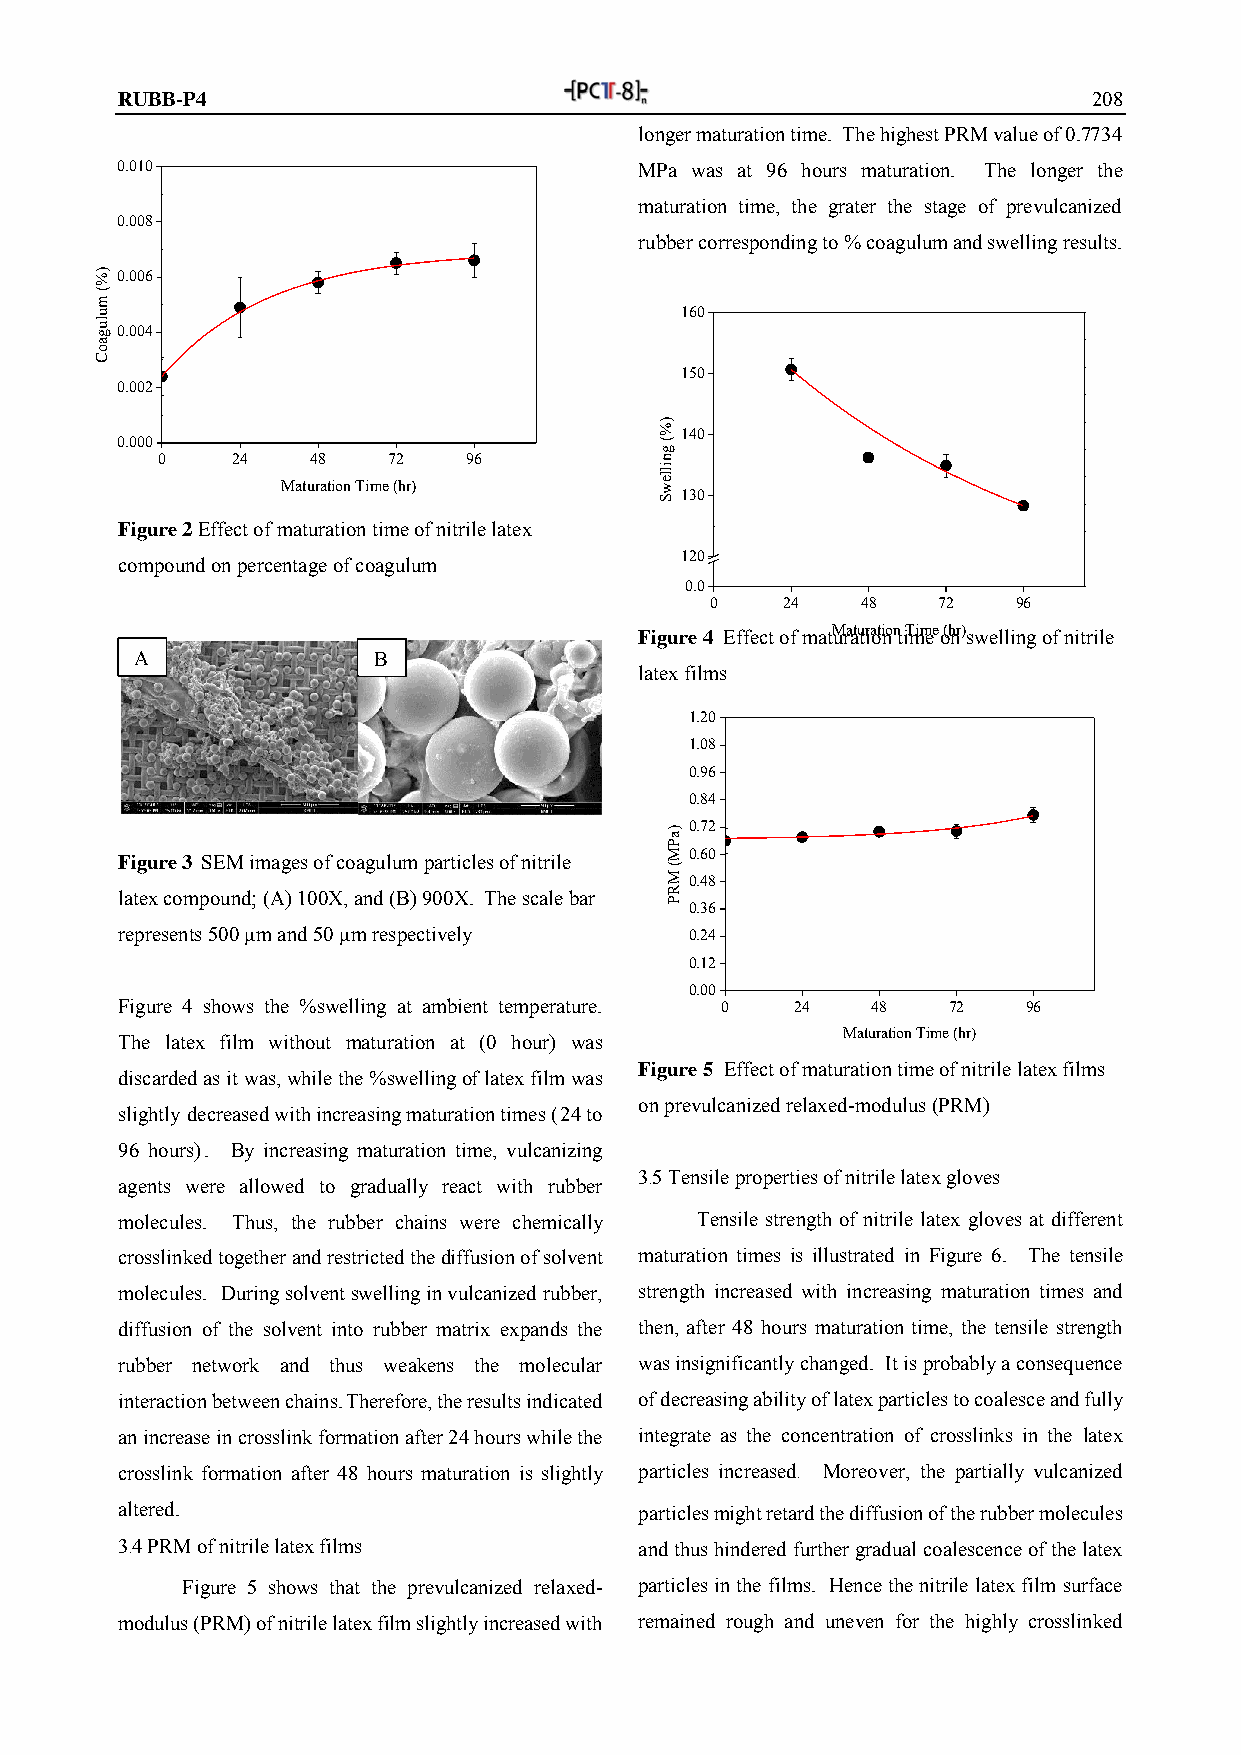
RUBB-P4                                                         208
 longer maturation time. The highest PRM value of 0.7734
 0 .010                            MPa was at 96 hours maturation. The longer the
 maturation time, the grater the stage of prevulcanized
 0.008
 rubber corresponding to % coagulum and swelling results.
 %) 0 .006
 m
 (
 gulu
 0 .004
 160
 oa
 C
 150
 0 .002
 %)
 140
 0 .000
 0    24  Matu4 r8
 ation
 Time7 (2
 hr)
 96
 Swelling
 (
 130
 Figure 2 Effect of maturation time of nitrile latex
 120
 compound on percentage of coagulum
 0.0
 0    24   48   72   96
 Figure 4 Effect of matMuraatutriaotino nt iTmimee o(hnr )swelling of nitrile
 A               B
 latex films
 1.20
 1. 08
 0.96
 0.84
 a) 0.72
 P
 Figure 3 SEM images of coagulum particles of nitrile M 0.60
 M
 (
 0.48
 latex compound; (A) 100X, and (B) 900X. The scale bar R
 P 0.36
 represents 500 µm and 50 µm respectively 0.24
 0.12
 0.00
 Figure 4 shows the %swelling at ambient temperature. 0 24 48 72 96
 Maturation Time (hr)
 The latex film without maturation at (0 hour) was
 Figure 5 Effect of maturation time of nitrile latex films
 discarded as it was, while the %swelling of latex film was
 on prevulcanized relaxed-modulus (PRM)
 slightly decreased with increasing maturation times (24 to
 96 hours). By increasing maturation time, vulcanizing
 3.5 Tensile properties of nitrile latex gloves
 agents were allowed to gradually react with rubber
 molecules. Thus, the rubber chains were chemically Tensile strength of nitrile latex gloves at different
 crosslinked together and restricted the diffusion of solvent maturation times is illustrated in Figure 6. The tensile
 molecules. During solvent swelling in vulcanized rubber, strength increased with increasing maturation times and
 diffusion of the solvent into rubber matrix expands the then, after 48 hours maturation time, the tensile strength
 rubber network and thus weakens the molecular was insignificantly changed. It is probably a consequence
 interaction between chains. Therefore, the results indicated of decreasing ability of latex particles to coalesce and fully
 an increase in crosslink formation after 24 hours while the integrate as the concentration of crosslinks in the latex
 crosslink formation after 48 hours maturation is slightly particles increased. Moreover, the partially vulcanized
 altered.                          particles might retard the diffusion of the rubber molecules
 3.4 PRM of nitrile latex films    and thus hindered further gradual coalescence of the latex
 Figure 5 shows that the prevulcanized relaxed- particles in the films. Hence the nitrile latex film surface
 modulus (PRM) of nitrile latex film slightly increased with remained rough and uneven for the highly crosslinked